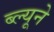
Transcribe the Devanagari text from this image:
ब्ल्यूने